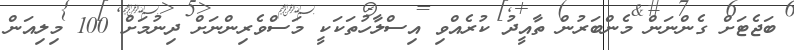
ބަޖެޓަށް ގެންނަން މެންބަރުން ތާއީދު ކުރެއްވި އިސްލާހުތަކަކީ މަސްވެރިންނަށް ދިނުމަށް 100 މިލިއަން